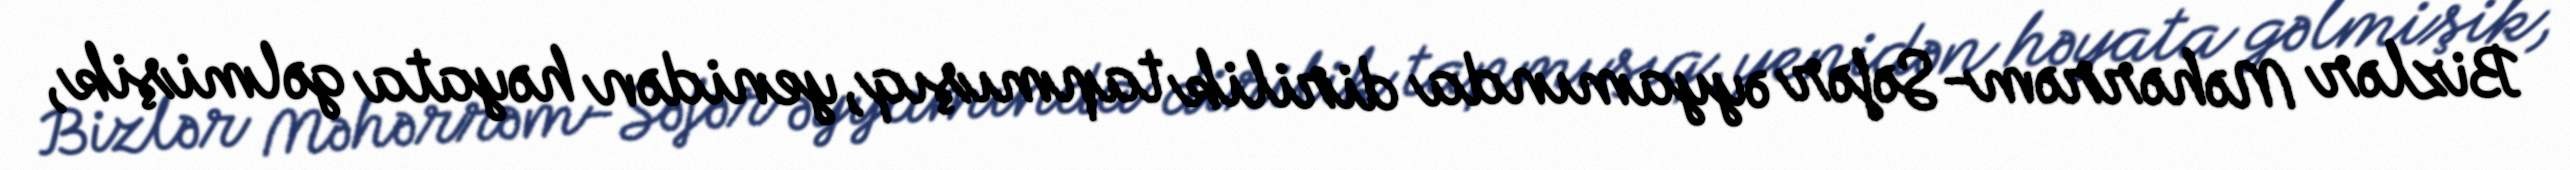
Bizlər Məhərrəm-Səfər əyyamında dirilik tapmışıq, yenidən həyata gəlmişik,